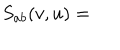
LaTeX: S _ { a b } ( v , u ) =